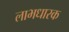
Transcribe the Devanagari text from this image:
लाभधारक